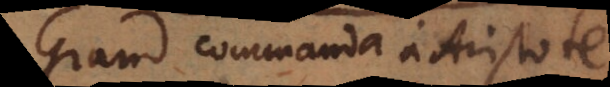
Grand commanda à Aristote